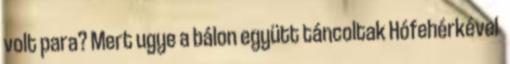
volt para? Mert ugye a bálon együtt táncoltak Hófehérkével